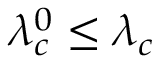
\lambda _ { c } ^ { 0 } \leq \lambda _ { c }